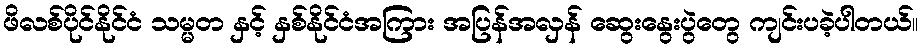
ဖိလစ်ပိုင်နိုင်ငံ သမ္မတ နှင့် နှစ်နိုင်ငံအကြား အပြန်အလှန် ဆွေးနွေးပွဲတွေ ကျင်းပခဲ့ပါတယ်။